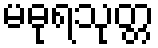
မဓုရသုတ္တ